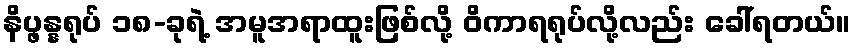
နိပ္ဖန္နရုပ် ၁၈-ခုရဲ့ အမူအရာထူးဖြစ်လို့ ဝိကာရရုပ်လို့လည်း ခေါ်ရတယ်။